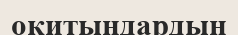
оқитындардың